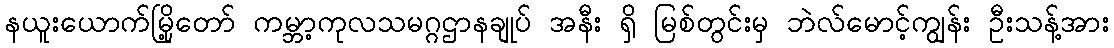
နယူးယောက်မြို့တော် ကမ္ဘာ့ကုလသမဂ္ဂဌာနချုပ် အနီး ရှိ မြစ်တွင်းမှ ဘဲလ်မောင့်ကျွန်း ဦးသန့်အား